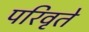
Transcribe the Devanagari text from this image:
परिवृते